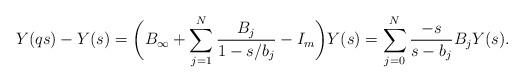
LaTeX: \begin{align*}& Y(q s) -Y(s) = \biggl( B_{\infty} + \sum^{N}_{j = 1}\frac{B_{j}}{1 - s/b_{j}} - I_{m} \biggr)Y(s) = \sum^{N}_{j = 0} \frac{-s}{s - b_{j}}B_{j} Y(s) .\end{align*}